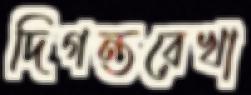
দিগন্তরেখা